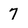
Character: 7